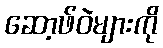
ဆော့ဖ်ဝဲများကို